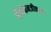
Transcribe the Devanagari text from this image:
बँकॉकनजीकच्या